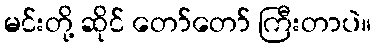
မင်းတို့ ဆိုင် တော်တော် ကြီးတာပဲ။